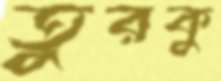
তুরকু